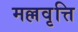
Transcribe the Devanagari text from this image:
मल्लवृत्ति